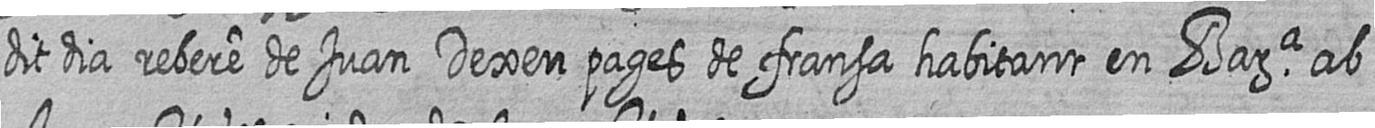
dit dia rebere de Juan Dexen pages de fransa habitant en Bara ab